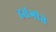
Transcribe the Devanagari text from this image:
हसंगीते